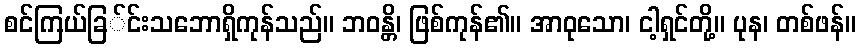
စင်ကြယ်ခြ်င်းသဘောရှိကုန်သည်။ ဘဝန္တိ၊ ဖြစ်ကုန်၏။ အာဝုသော၊ ငါ့ရှင်တို့။ ပုန၊ တစ်ဖန်။